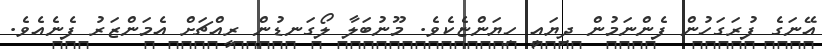
އޭނަގެ ފުރަގަހުން ފެންނަމުން ދިޔައީ ހިޔަންޏެކެވެ. މޫނުބަލާ ލޯގަނޑުން ރީއްޗަށް އެމަންޒަރު ފެނެއެވެ.